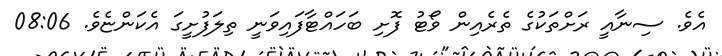
އެވެ. ސިނާއީ ރަށްތަކުގެ ތެރެއިން ވޯޓު ފޮށި ބަހައްޓާފައިވަނީ ތިލަފުށީގަ އެކަންޏެވެ. 08:06